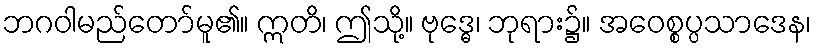
ဘဂဝါမည်တော်မူ၏။ ဣတိ၊ ဤသို့။ ဗုဒ္ဓေ၊ ဘုရား၌။ အဝေစ္စပ္ပသာဒေန၊